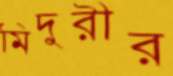
মিদুরীর